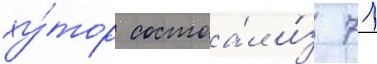
ху́тор состоа́л и́з 71